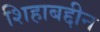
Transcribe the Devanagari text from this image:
शिहाबद्दीन